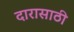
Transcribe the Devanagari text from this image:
दारासाठी